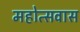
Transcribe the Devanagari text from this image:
महोत्सवास